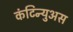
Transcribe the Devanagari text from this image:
कंटिन्युअस